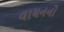
વાચનનો